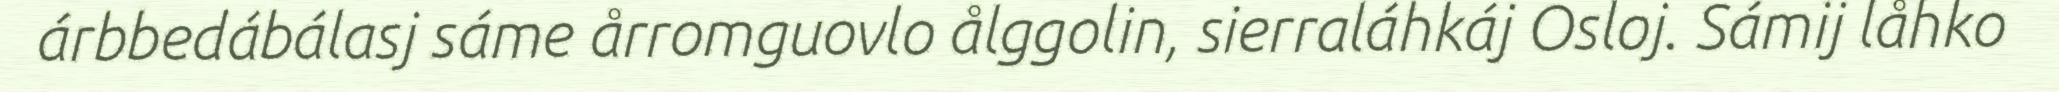
árbbedábálasj sáme årromguovlo ålggolin, sierraláhkáj Osloj. Sámij låhko